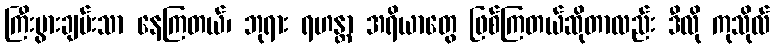
ကြီးပွားချမ်းသာ နေကြတယ်၊ ဘုရား ရဟန္တာ အရိယာတွေ ဖြစ်ကြတယ်ဆိုတာလည်း ဒီလို ကုသိုလ်